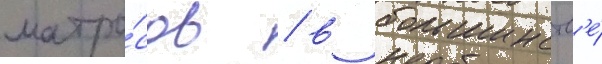
матро́сов / в большинств'е́